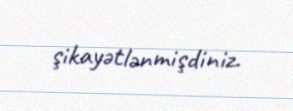
şikayətlənmişdiniz.